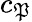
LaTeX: c_{\mathfrak{P}}